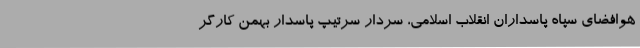
هوافضای سپاه پاسداران انقلاب اسلامی، سردار سرتیپ پاسدار بهمن کارگر